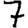
Digit: 7